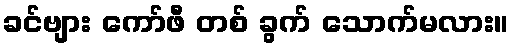
ခင်ဗျား ကော်ဖီ တစ် ခွက် သောက်မလား။